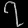
Digit: ၇